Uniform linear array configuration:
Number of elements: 48
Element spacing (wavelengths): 0.25
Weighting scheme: uniform
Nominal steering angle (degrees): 15
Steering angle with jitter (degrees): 13.309
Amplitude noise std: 0.05
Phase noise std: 0.05

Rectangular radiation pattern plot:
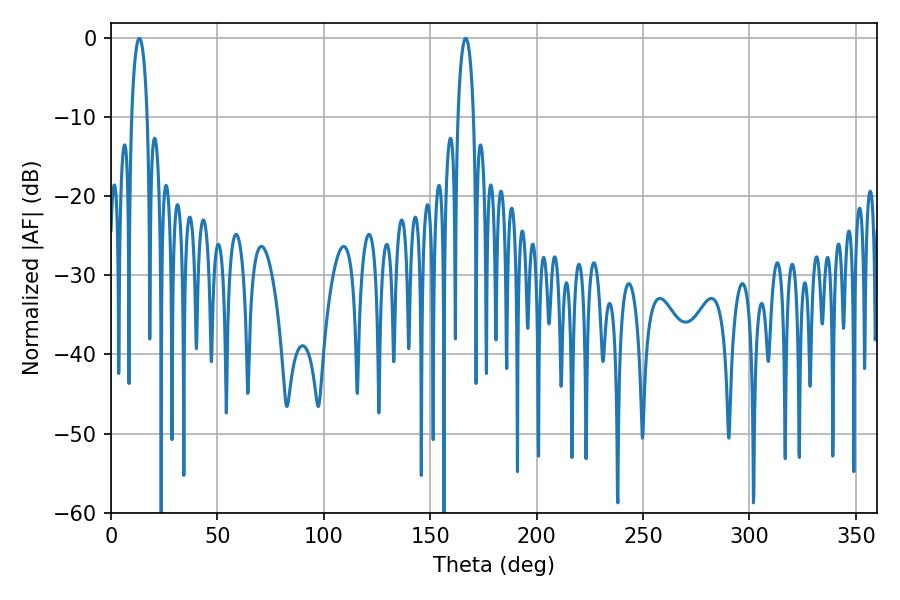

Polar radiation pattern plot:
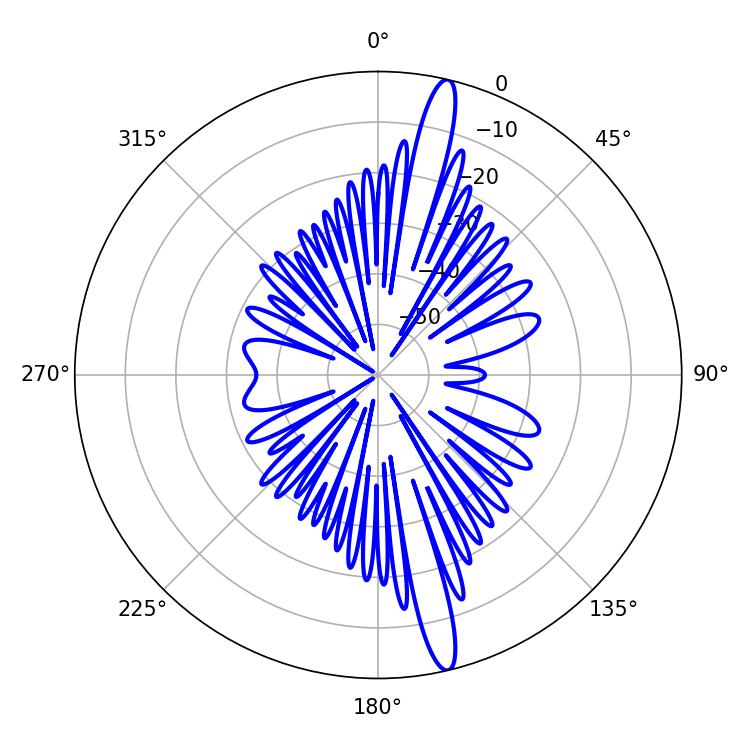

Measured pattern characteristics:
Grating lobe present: FALSE
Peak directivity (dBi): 17.017
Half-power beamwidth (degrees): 4.32
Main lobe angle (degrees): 166.68